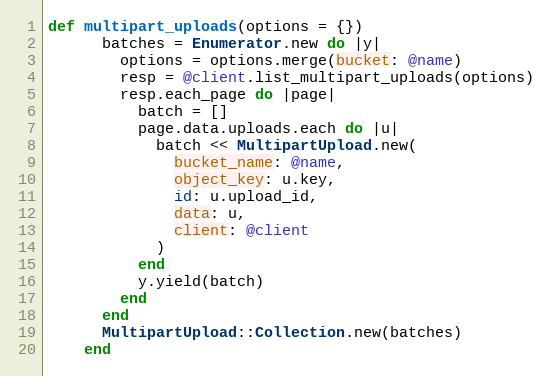
Language: Ruby
def multipart_uploads(options = {})
      batches = Enumerator.new do |y|
        options = options.merge(bucket: @name)
        resp = @client.list_multipart_uploads(options)
        resp.each_page do |page|
          batch = []
          page.data.uploads.each do |u|
            batch << MultipartUpload.new(
              bucket_name: @name,
              object_key: u.key,
              id: u.upload_id,
              data: u,
              client: @client
            )
          end
          y.yield(batch)
        end
      end
      MultipartUpload::Collection.new(batches)
    end